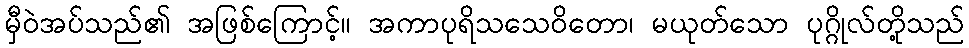
မှီဝဲအပ်သည်၏ အဖြစ်ကြောင့်။ အကာပုရိသသေဝိတော၊ မယုတ်သော ပုဂ္ဂိုလ်တို့သည်